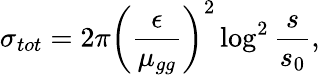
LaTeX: \sigma_{tot}=2\pi\left(\frac{\epsilon}{\mu_{gg}}\right)^{2}\log^{2}\frac{s}{s_{0}},